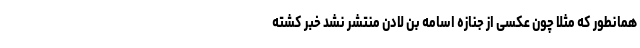
همانطور که مثلا چون عکسی از جنازه اسامه بن لادن منتشر نشد خبر کشته